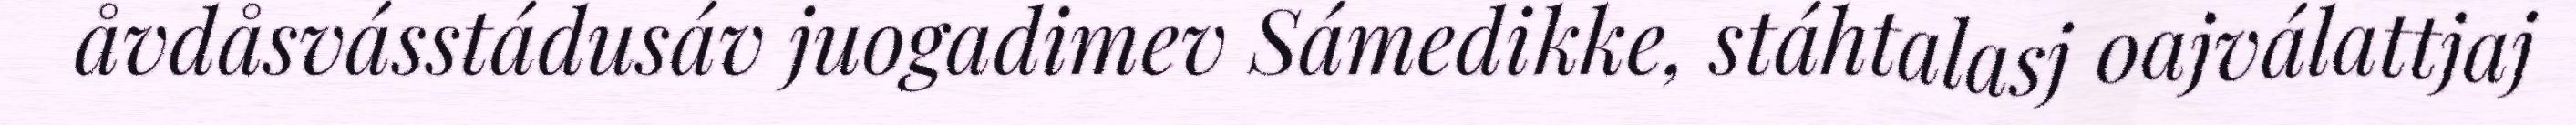
åvdåsvásstádusáv juogadimev Sámedikke, stáhtalasj oajválattjaj